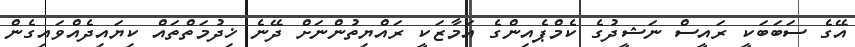
އޭގެ ސަބަބަކީ ރައީސް ނަޝީދުގެ ކެމްޕެއިންގެ އަމާޒަކީ ރައްޔިތުންނަށް ދޭނެ ޚިދުމަތްތައް ކިޔައިދެއްވައިގެން